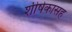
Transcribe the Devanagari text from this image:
शीर्षकासह